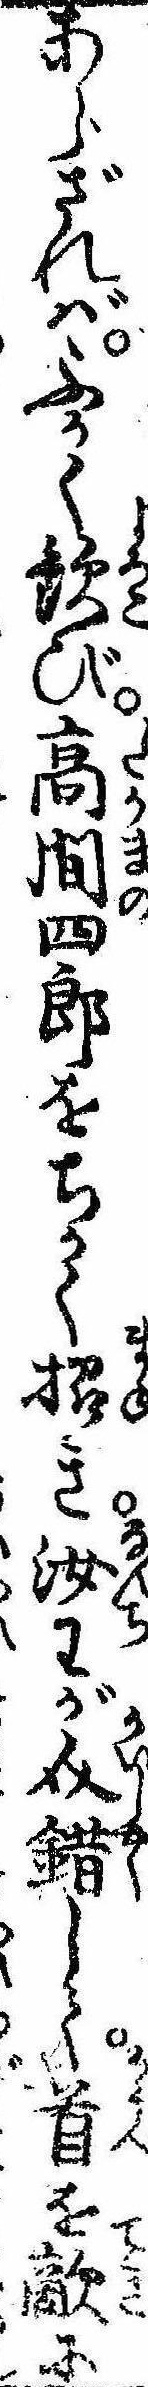
あらざればふかく歓び高間四郎をちかく招き汝わが介錯して首を敵に